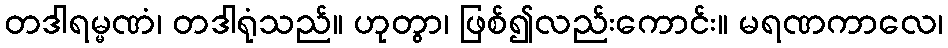
တဒါရမ္မဏံ၊ တဒါရုံသည်။ ဟုတွာ၊ ဖြစ်၍လည်းကောင်း။ မရဏကာလေ၊